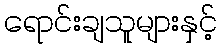
ရောင်းချသူများနှင့်